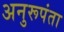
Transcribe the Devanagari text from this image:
अनुरूपंता